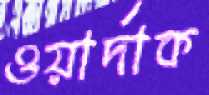
ওয়ার্দাক